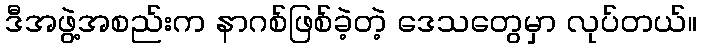
ဒီအဖွဲ့အစည်းက နာဂစ်ဖြစ်ခဲ့တဲ့ ဒေသတွေမှာ လုပ်တယ်။